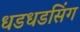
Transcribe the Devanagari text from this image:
धडधडसिंग